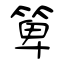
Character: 箄